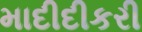
માદીદીકરી